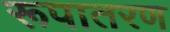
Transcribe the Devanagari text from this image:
रूपातरण